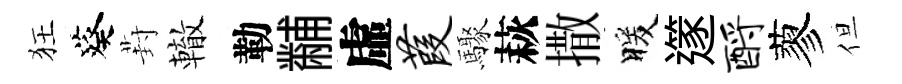
狂葵葑轍勒黼虛葭驟萩撒暖𨗹酹蓼但